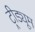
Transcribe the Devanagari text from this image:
ट्रीड्यूम